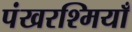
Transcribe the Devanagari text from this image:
पंखरश्मियाँ